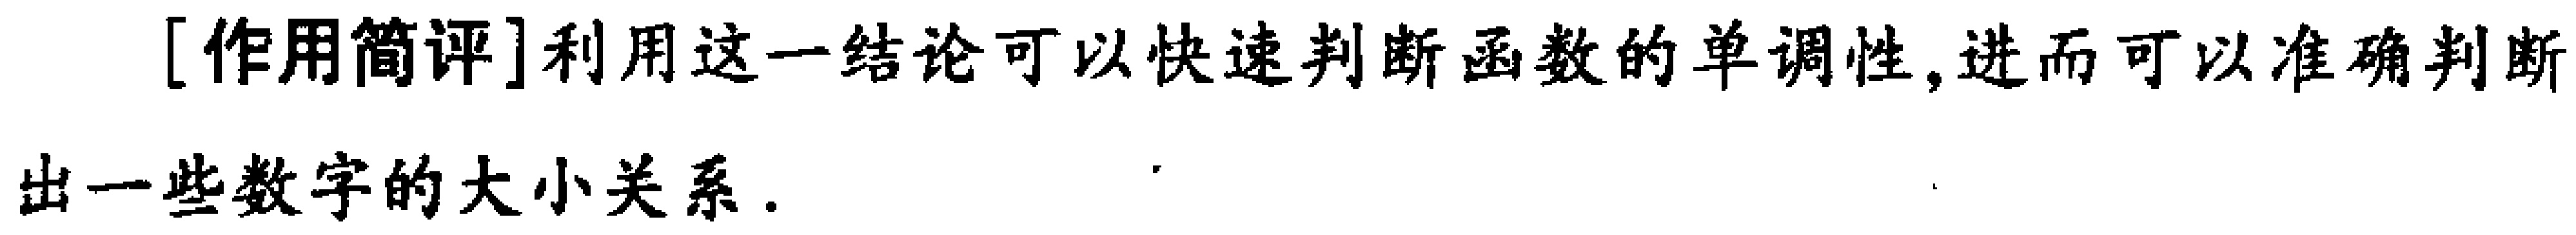
[作用简评]利用这一结论可以快速判断函数的单调性,进而可以准确判断出一些数字的大小关系.